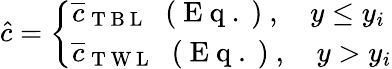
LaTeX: \hat{c}=\left\{ \begin{array}{ll}{\overline{{c}}_{\mathrm{~T~B~L~}}\, \, \mathrm{~(~E~q~.~)~},\quad y\leq y_{i}}\\ {\overline{{c}}_{\mathrm{~T~W~L~}}\, \, \mathrm{~(~E~q~.~)~},\quad y>y_{i}}\end{array}\right.